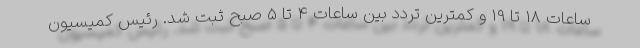
ساعات 18 تا 19 و کمترین تردد بین ساعات 4 تا 5 صبح ثبت شد. رئیس کمیسیون